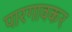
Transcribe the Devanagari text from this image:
पारगावकर